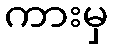
ကားမှ